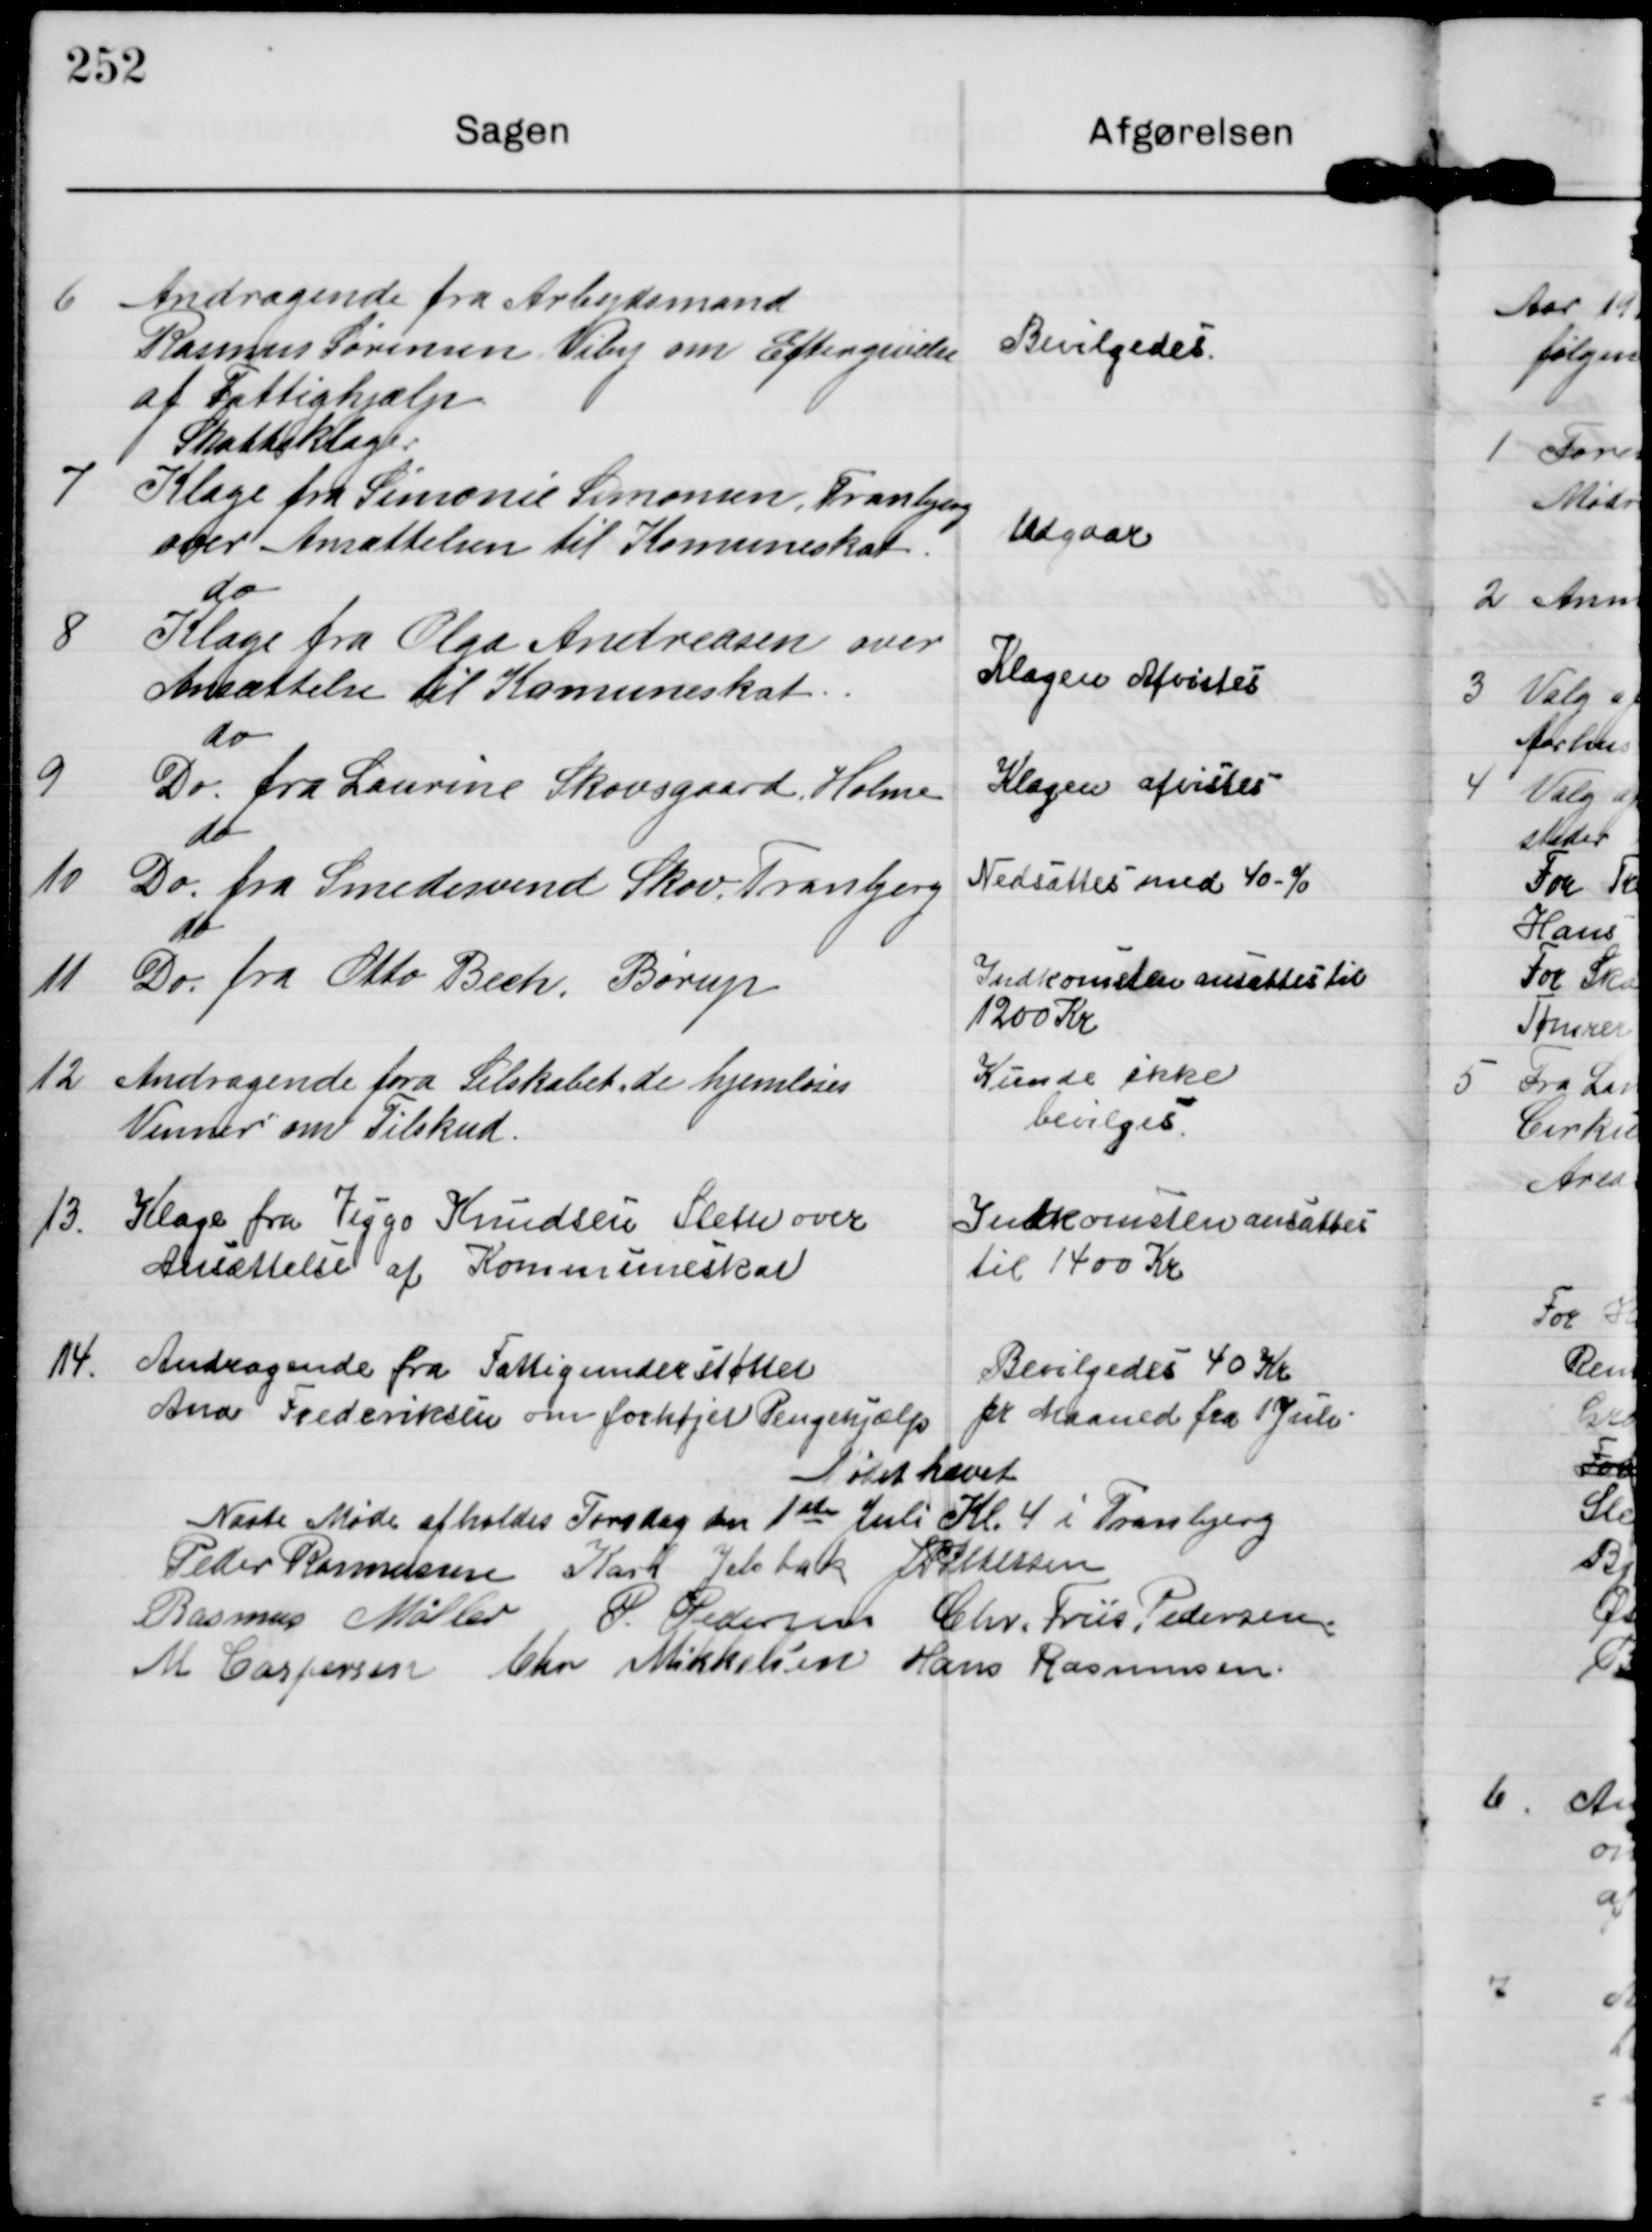
Transskription:
6

Andragende fra Arbejdsmand
Rasmus Sørensen Viby om Eftergivelse
af Fattighjælp

Bevilgedes.

7

Skatteklage.
Klage fra Simonie Simonsen, Tranbjerg
over Ansættelsen til Komuneskat

Udgaar

8

do
Klage fra Olga Andreasen over
Ansættelse til Komuneskat.

Klagen Afvistes

9

do
Do. fra Laurine Skovsgaard Holme

Klagen afvistes

10

do
Do fra Smedesvend Skov Tranbjerg

Nedsættes med 40-%

11

do
Do. fra Otto Bech, Børup

Indkomsten ansættes til
1200 Kr

12

Andragende fra Selskabet de hjemløses
Venner om Tilskud.

Kunde ikke
bevilges.

13.

Klage fra Viggo Knudsen Sleth over
Ansættelse af Kommuneskat

Indkomsten ansættes
til 1400 Kr

14.

Andragende fra Fattigunderstøttet
Ana Frederiksen om forhøjet Pengehjælp

Bevilgedes 40 Kr
pr Maaned fra 1. Juli

Mødet hævet

Næste Møde afholdes Torsdag den 1ste Juli Kl. 4 i Tranbjerg

Peder Rasmussen Kars Jelsbak J P Pedersen
Rasmus Møller
P. Pedersen Chr. Friis Pedersen
M Caspersen Chr Mikkelsen Hans Rasmussen